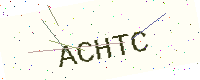
Text: ACHTC